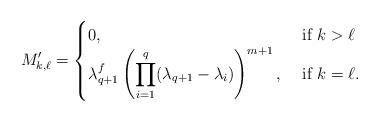
LaTeX: \begin{align*}M'_{k, \ell} = \begin{cases}0, & \mbox{ if }k > \ell \\\displaystyle\lambda_{q+1}^f\left(\prod_{i=1}^q(\lambda_{q+1} - \lambda_i)\right)^{m+1}, & \mbox{ if } k = \ell.\end{cases}\end{align*}